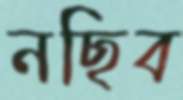
নছিব